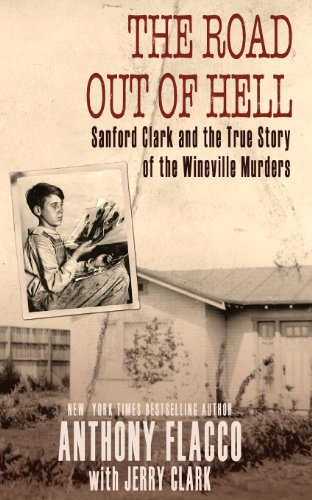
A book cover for The Road Out of Hell: Sanford Clark and the True Story of the Wineville Murders; Anthony Flacco; Biographies & Memoirs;